Civil Veterinary Dept. Assam report 1927-50 - 1927-1950
Year: 1927
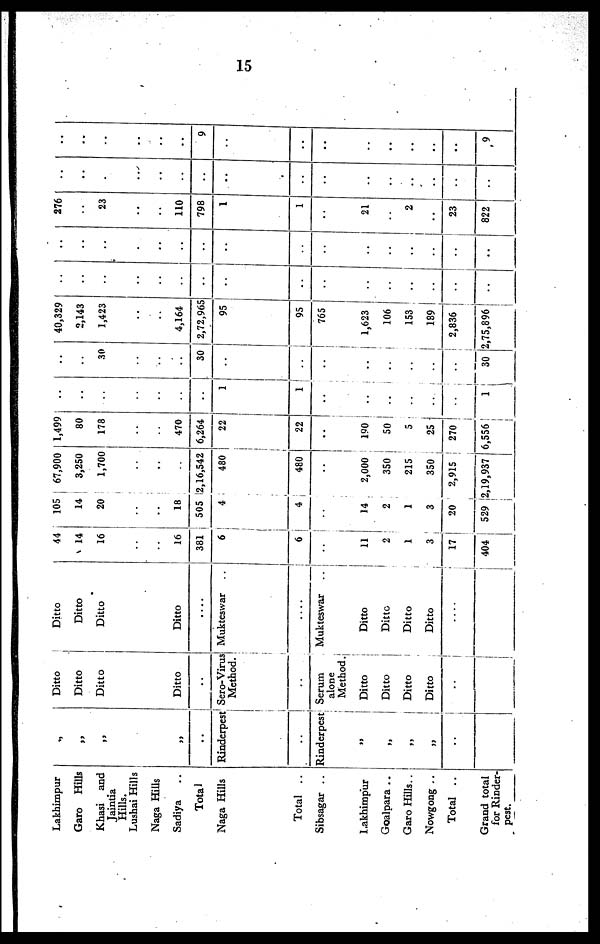
15
Lakhimpur
Garo Hills
Khasi and
Jaintia
Hills.
Lushai Hills
Naga Hills
Sadiya ..
Total
Naga Hills
Total ..
Sibsagar ..
Lakhimpur
Goalpara ..
Garo Hills ..
Nowgong ..
Total ..
Grand total
for Rinder-
pest.
„
„
„
„
..
Rinderpest
..
Rinderpest
„
„
„
„
..
Ditto
Ditto
Ditto
Ditto
..
Sero-Virus:
Method.
..
Serum
alone
Method.
Ditto
Ditto
Ditto
Ditto
..
Ditto
Ditto
Ditto
Ditto
....
Mukteswar ..
....
Mukteswar
..
Ditto
Ditto
Ditto
Ditto
....
44
14
16
..
..
16
381
6
6
..
11
2
1
3
17
404
105 67,900
14
3,250
20
1,700
.. ..
.. ..
18 ..
505 2,16,542
4
480
4
480
.. ..
14
2,000
2
350
1
215
3
350
20
2,915
529 ,2,19,937
1,499
80
178
..
..
470
6,264
22
22
..
190
50
5
25
270
6,556
.. ..
.. ..
.. ..
.. ..
.. ..
.. ..
..
30
1 ..
1 ..
.. ..
.. ..
.. ..
.. ..
.. ..
.. ..
1
30 2
40,329
2,143
1,423
..
..
4,164
2,72,965
95
95
765
1,623
106
153
189
2,836
75,896
..
..
..
..
..
..
..
..
..
..
..
..
..
..
..
..
..
..
..
..
..
..
..
..
..
..
..
..
..
..
..
..
276
..
23
..
..
110
798
1
1
..
21
..
2
..
23
822
..
..
..
..
..
..
..
..
..
..
..
..
..
..
..
..
..
..
..
..
..
..
9
..
..
..
..
..
..
..
..
9